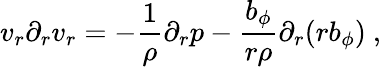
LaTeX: v_{r}\partial_{r}v_{r}=-\frac{1}{\rho}\partial_{r}p-\frac{b_{\phi}}{r\rho}\partial_{r}(rb_{\phi})\ ,